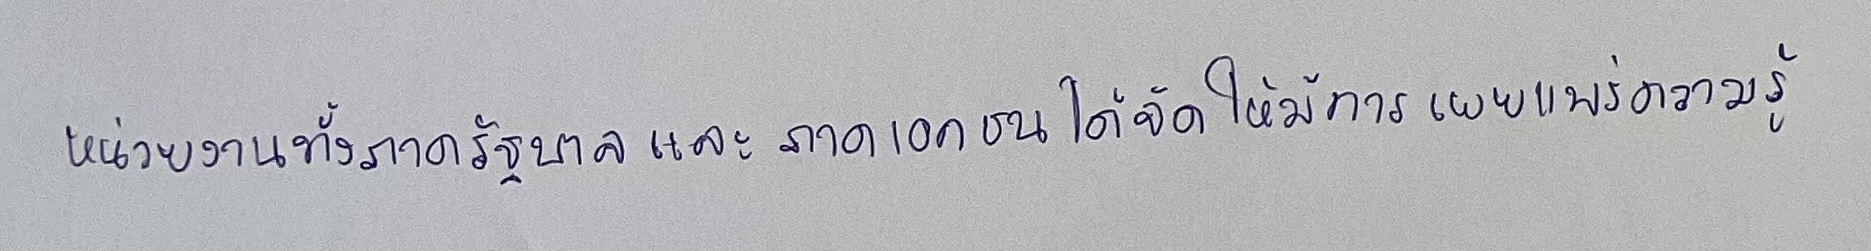
หน่วยงานทั้งภาครัฐบาลและภาคเอกชนได้จัดให้มีการเผยแพร่ความรู้